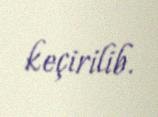
keçirilib.